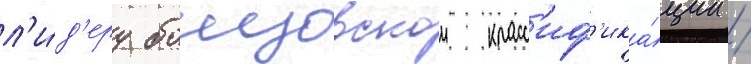
л'и́д'еру боицовскои класс'иф'ика́ции /